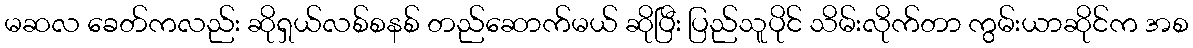
မဆလ ခေတ်ကလည်း ဆိုရှယ်လစ်စနစ် တည်ဆောက်မယ် ဆိုပြီး ပြည်သူပိုင် သိမ်းလိုက်တာ ကွမ်းယာဆိုင်က အစ